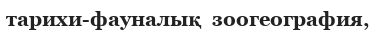
тарихи-фауналық  зоогеография,